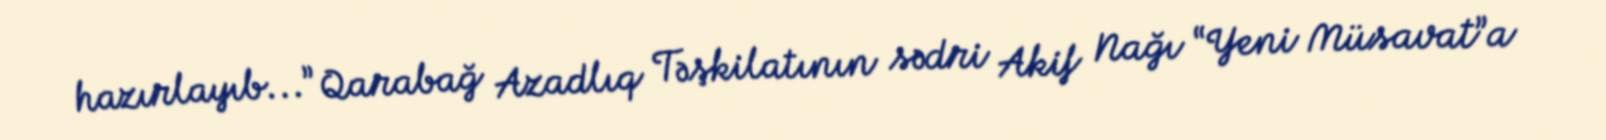
hazırlayıb...” Qarabağ Azadlıq Təşkilatının sədri Akif Nağı “Yeni Müsavat”a